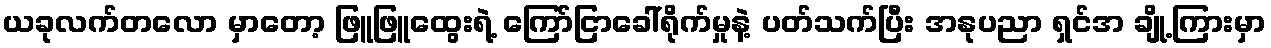
ယခုလက်တလော မှာတော့ ဖြူဖြူထွေးရဲ့ ကြော်ငြာခေါ်ရိုက်မှုနဲ့ ပတ်သက်ပြီး အနုပညာ ရှင်အ ချို့ကြားမှာ